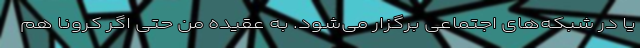
یا در شبکه‌های اجتماعی برگزار می‌شود. به عقیده من حتی اگر کرونا هم